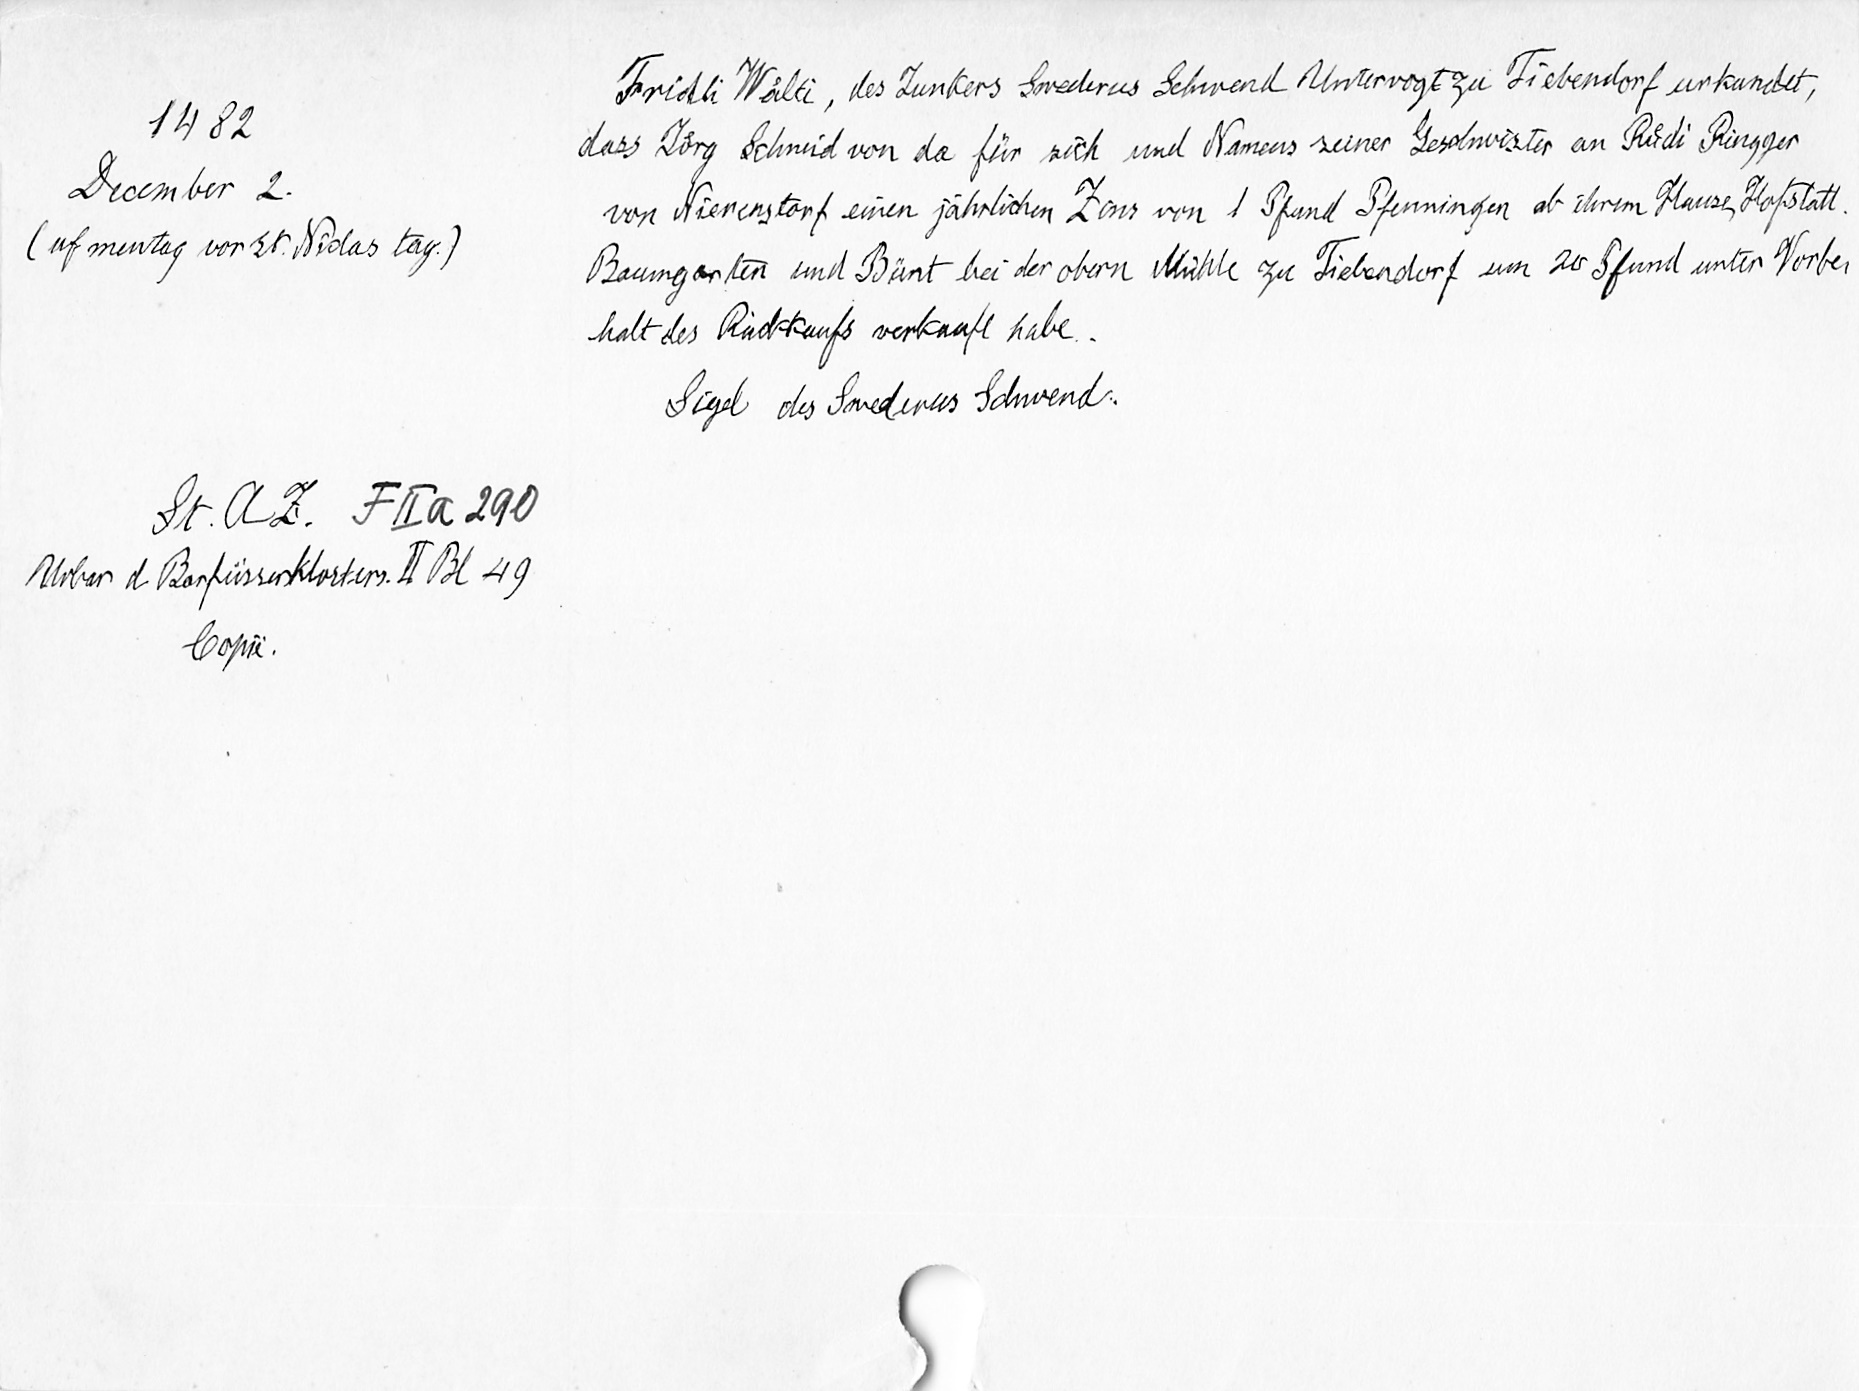
1482
December 2.
(uf mentag vor st. Niclas tag.)
St. A. Z. F II a 290
Urbar d Barfüsserkloster. II Bl. 49
Copie.

Fridli Waͤlti, des Junkers Swederus Schwend Untervogt zu Tiebendorf urkundet,
dass Joͤrg Schmid von da für sich und Namens seiner Geschwister an Ruͤdi Ringger
von Nierenstorf einen jährlichen Zins von 1 Pfund Pfenningen ab ihrem Hause, Hofstatt,
Baumgarten und Bünt bei der obern Mühle zu Tiebendorf um 20 Pfund unter Vorbe¬
halt des Rückkaufs verkauft habe.
Sigel des Swederus Schwend.